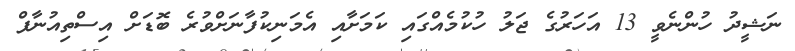
ނަޝީދު ހުންނެވީ 13 އަހަރުގެ ޖަލު ހުކުމެއްގައި ކަމަށާއި އެމަނިކުފާނަށްވުރެ ބޮޑަށް އިސްތިއުނާފް